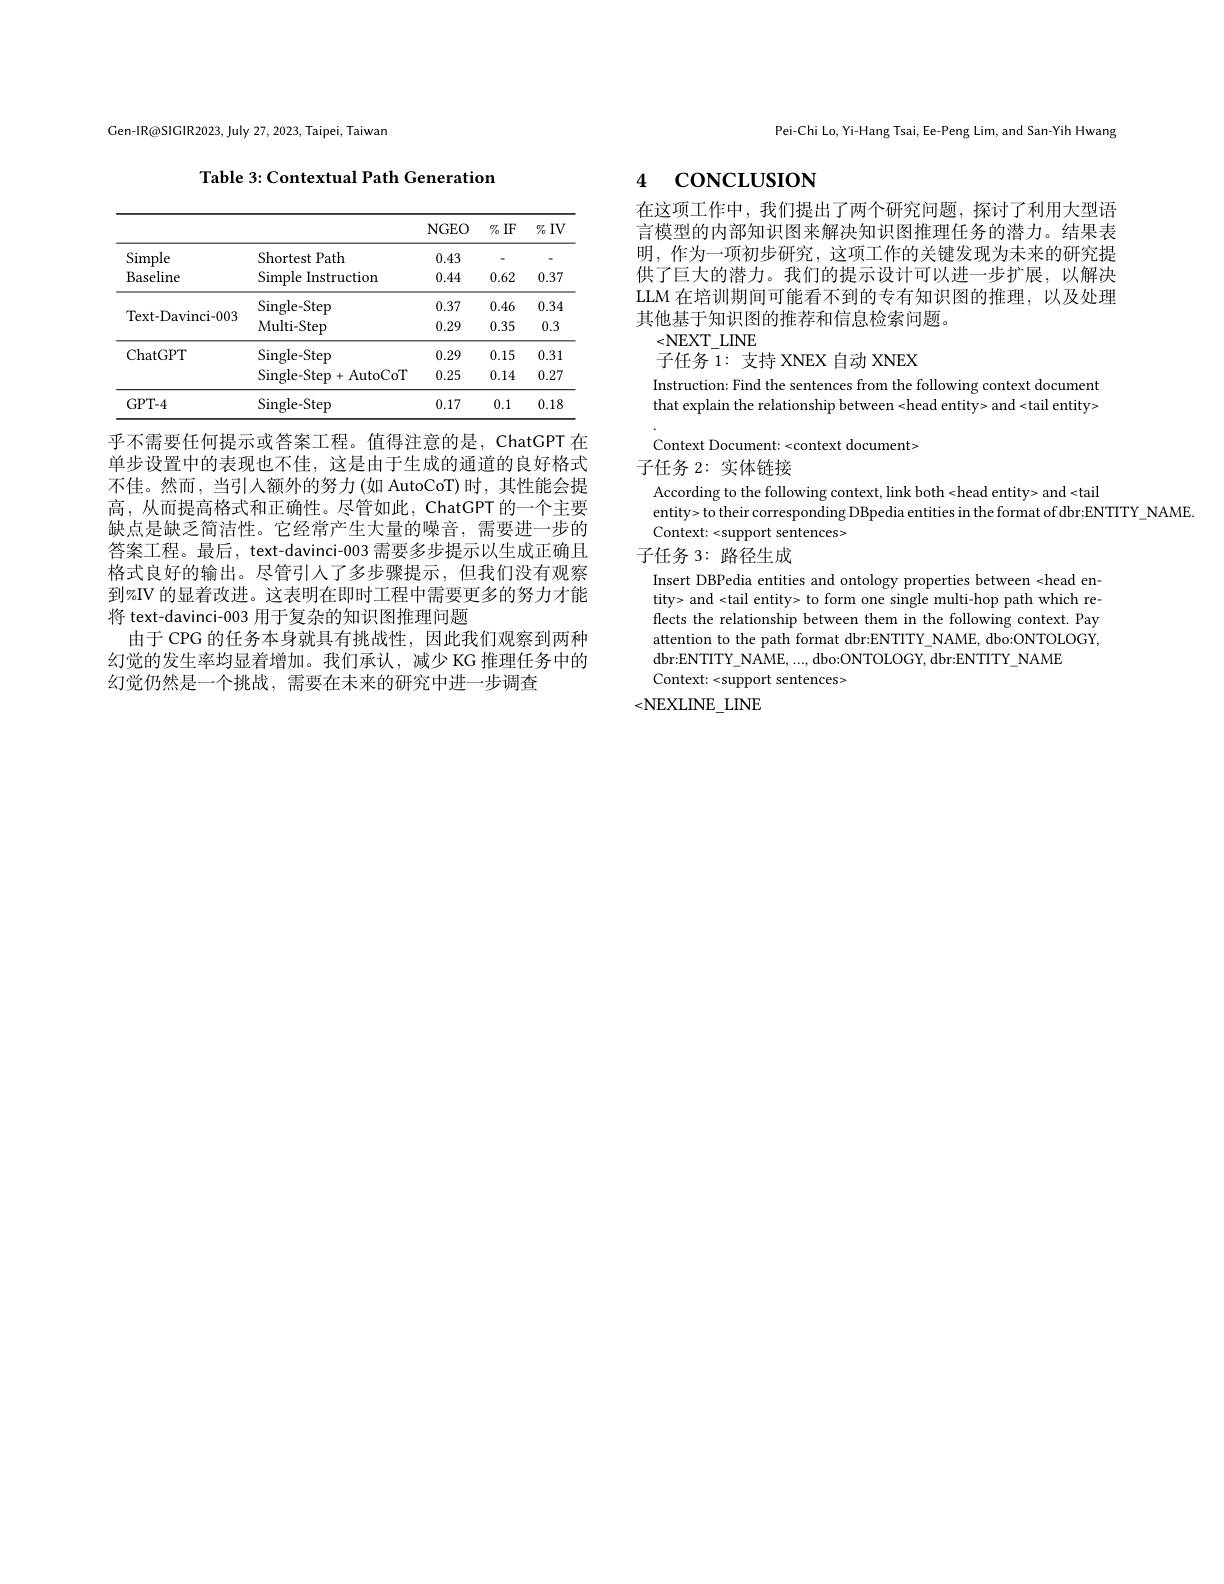
Gen-IR@SIGIR2023, July 27, 2023, Taipei, Taiwan

Table 3: Contextual Path Generation

<table>
	<tbody>
		<tr>
			<th> </th>
			<th> </th>
			<th>NGEO</th>
			<th>$\%$IF</th>
			<th>$IV$ $\%$ </th>
		</tr>
		<tr>
			<td>Simple</td>
			<td>Shortest Path</td>
			<td>0.43</td>
			<td> </td>
			<td>P</td>
		</tr>
		<tr>
			<td>Baseline</td>
			<td>Simple Instruction 11</td>
			<td>0.44</td>
			<td>0.62</td>
			<td>0.37</td>
		</tr>
		<tr>
			<td rowspan="2">Text-Davinci-003</td>
			<td>Single- Step</td>
			<td>0.37</td>
			<td>0.46</td>
			<td>0.34</td>
		</tr>
		<tr>
			<td>Multi- Step</td>
			<td>0.29</td>
			<td>0.35</td>
			<td>0.3</td>
		</tr>
		<tr>
			<td rowspan="2">ChatGPT</td>
			<td>Single- Step</td>
			<td>0.29</td>
			<td>0.15</td>
			<td>0.31</td>
		</tr>
		<tr>
			<td>$\operatorname{Single-Step}+\operatorname{AutoCoT}$</td>
			<td>0.25</td>
			<td>0.14</td>
			<td>0.27</td>
		</tr>
		<tr>
			<td>GPT-4</td>
			<td>Single- Step</td>
			<td>0.17</td>
			<td></td>
			<td>0.18</td>
		</tr>
	</tbody>
</table>

乎不需要任何提示或答案工程。值得注意的是，ChatGPT 在单步设置中的表现也不佳，这是由于生成的通道的良好格式不佳。然而，当引人额外的努力(如 AutoCoT)时，其性能会提高，从而提高格式和正确性。尽管如此，ChatGPT 的一个主要缺点是缺乏简洁性。它经常产生大量的噪音，需要进一步的答案工程。最后，text-davinci-003 需要多步提示以生成正确且格式良好的输出。尽管引人了多步骤提示，但我们没有观察到%IV 的显着改进。这表明在即时工程中需要更多的努力才能将 text-davinci-003 用于复杂的知识图推理问题
由于 CPG 的任务本身就具有挑战性，因此我们观察到两种幻觉的发生率均显着增加。我们承认，减少 KG 推理任务中的幻觉仍然是一个挑战，需要在未来的研究中进一步调查

Pei-Chi Lo, Yi-Hang Tsai, Ee-Peng Lim, and San-Yih Hwang

# 4 coNCLUSION

在这项工作中，我们提出了两个研究问题，探讨了利用大型语言模型的内部知识图来解决知识图推理任务的潜力。结果表明，作为一项初步研究，这项工作的关键发现为未来的研究提供了巨大的潜力。我们的提示设计可以进一步扩展，以解决LLM 在培训期间可能看不到的专有知识图的推理，以及处理其他基于知识图的推荐和信息检索问题。
<NEXT\_LINE

子任务 1: 支持 XNEX 自动 XNEX
Instruction: Find the sentences from the following context document that explain the relationship between <head entity> and <tail entity> Context Document: < context document>
子任务 2: 实体链接
According to the following context, link both <head entity> and<tail
entity> to their corresponding DBpedia entities in the format of dbr:ENTITY\_NAME.
Context: <support sentences>
子任务 3: 路径生成
Insert DBPedia entities and ontology properties between <head entity> and <tail entity> to form one single multi-hop path which reflects the relationship between them in the following context. Pay attention to the path format dbr:ENTITY NAME, dbo:ONTOLOGY, dbr:ENTITY\_NAME,..., dbo:ONTOLOGY, dbr:ENTITY\_NAME
Context: <support sentences>
<NEXLINE\_LINE